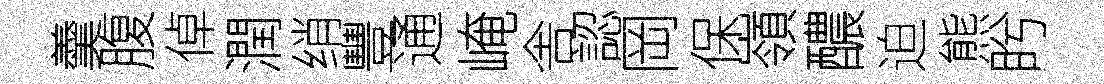
羹腹倬潤绡豐通崦舎認岡保嶺醲迫熊盻